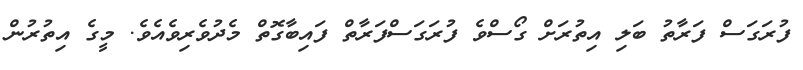
ފުރަގަސް ފަރާތު ބަލި އިތުރަށް ގޯސްވެ ފުރަގަސްފަރާތް ފައިބާގޮތް މެދުވެރިވެއެވެ. މީގެ އިތުރުން